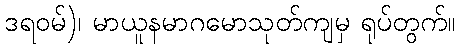
ဒရဝမ်)၊ မာယူနမာဂမောသုတ်ကျမှ ရုပ်တွက်။